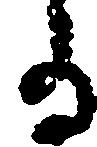
る